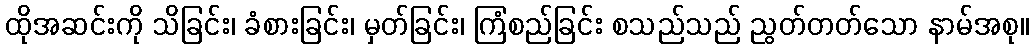
ထိုအဆင်းကို သိခြင်း၊ ခံစားခြင်း၊ မှတ်ခြင်း၊ ကြံစည်ခြင်း စသည်သည် ညွတ်တတ်သော နာမ်အစု။